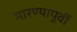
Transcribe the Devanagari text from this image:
मारण्यापूर्वी